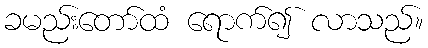
ခမည်းတော်ထံ ရောက်၍ လာသည်။